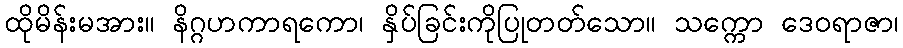
ထိုမိန်းမအား။ နိဂ္ဂဟကာရကော၊ နှိပ်ခြင်းကိုပြုတတ်သော။ သက္ကော ဒေဝရာဇာ၊